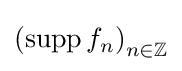
\left(\operatorname {supp} f_{n}\right)_{n\in \mathbb {Z} }